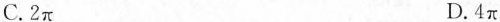
C.2π D.4π